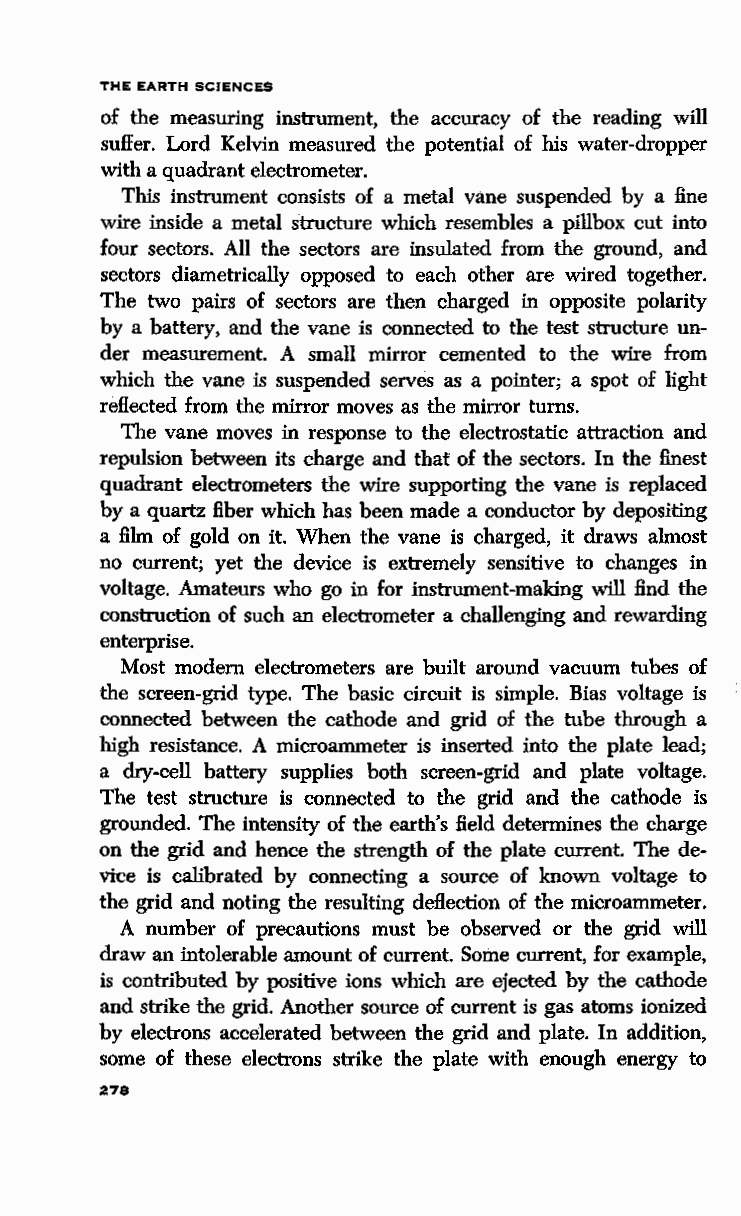
THE EARTH SCIENCES
 of the measuring instrument, the accuracy of the reading will
 suffer. Lord Kelvin measured the potential of his water-dropper
 with a quadrant electrometer.
 This instrument consists of a metal vane suspended by a fine
 wire inside a metal structure which resembles a pillbox cut into
 four sectors. All the sectors are insulated from the ground, and
 sectors diametrically opposed to each other are wired together.
 The two pairs of sectors are then charged in opposite polarity
 by a battery, and the vane is connected to the test structure un
 der measurement. A small mirror cemented to the wire from
 which the vane is suspended serves as a pointer; a spot of light
 reflected from the mirror moves as the mirror turns.
 The vane moves in response to the electrostatic attraction and
 repulsion between its charge and that of the sectors. In the finest
 quadrant electrometers the wire supporting the vane is replaced
 by a quartz fiber which has been made a conductor by depositing
 a film of gold on it. When the vane is charged, it draws almost
 no current; yet the device is extremely sensitive to changes in
 voltage. Amateurs who go in for instrument-making will find the
 construction of such an electrometer a challenging and rewarding
 enterprise.
 Most modern electrometers are built around vacuum tubes of
 the screen-grid type. The basic circuit is simple. Bias voltage is
 connected between the cathode and grid of the tube through a
 high resistance. A microammeter is inserted into the plate lead;
 a dry-cell battery supplies both screen-grid and plate voltage.
 The test structure is connected to the grid and the cathode is
 grounded. The intensity of the earth's field determines the charge
 on the grid and hence the strength of the plate current. The de
 vice is calibrated by connecting a source of known voltage to
 the grid and noting the resulting deflection of the microammeter.
 A number of precautions must be observed or the grid will
 draw an intolerable amount of current. Some current, for example,
 is contributed by positive ions which are ejected by the cathode
 and strike the grid. Another source of current is gas atoms ionized
 by electrons accelerated between the grid and plate. In addition,
 some of these electrons strike the plate with enough energy to
 278